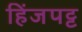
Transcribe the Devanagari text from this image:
हिंजपट्ट